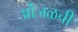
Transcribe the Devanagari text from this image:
ओंजळची